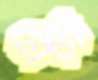
টৌড়ী